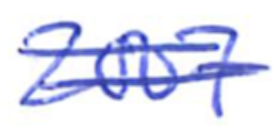
Text: 2007
Cross-out: double-line
Writing tool: ballpoint